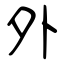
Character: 外